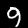
Label: 9